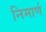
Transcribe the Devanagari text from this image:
निमार्ण